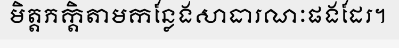
មិត្តភក្តិតាមកន្លែងសាធារណៈផងដែរ។